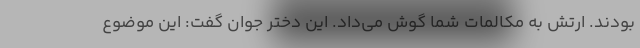
بودند. ارتش به مکالمات شما گوش می‌داد. این دختر جوان گفت: این موضوع